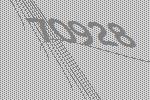
70928